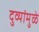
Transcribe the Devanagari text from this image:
दुव्यांमुळे